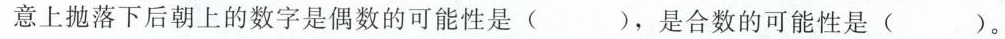
意上抛落下后朝上的数字是偶数的可能性是( )，是合数的可能性是( )。